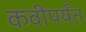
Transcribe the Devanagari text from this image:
कवीपर्यंत